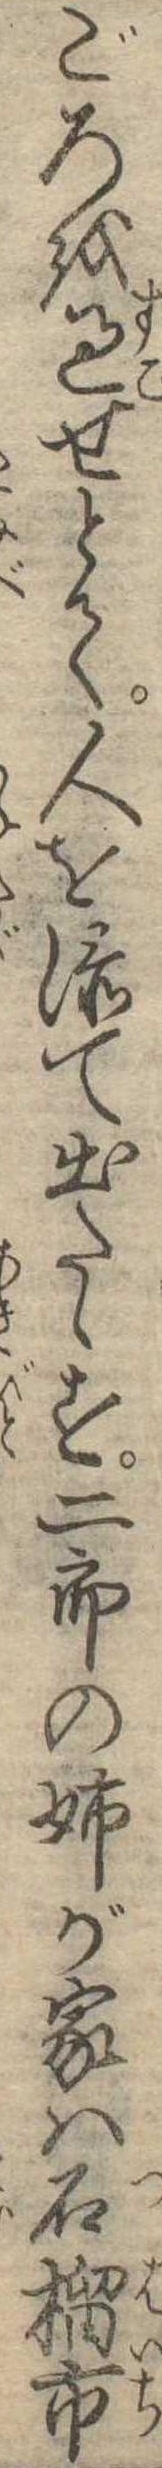
ごろを過せとて人を添て出たゝす二郎の姉が家は石榴市